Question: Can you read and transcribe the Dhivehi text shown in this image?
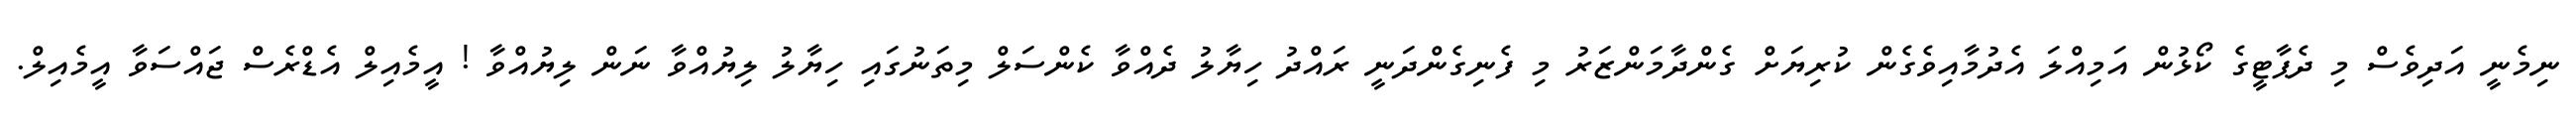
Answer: ނިމެނީ އަދިވެސް މި ދެޕާޓީގެ ކޯޅުން އަމިއްލަ އެދުމާއިވެގެން ކުރިޔަށް ގެންދާމަންޒަރު މި ފެނިގެންދަނީ ރައްދު ހިޔާލު ދެއްވާ ކެންސަލް މިތަނުގައި ހިޔާލު ލިޔުއްވާ ނަން ލިޔުއްވާ ! އީމެއިލް އެޑްރެސް ޖައްސަވާ އީމެއިލް.